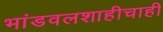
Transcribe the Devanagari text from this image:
भांडवलशाहीचाही